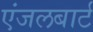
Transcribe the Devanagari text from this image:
एंजलबार्ट